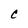
Character: C